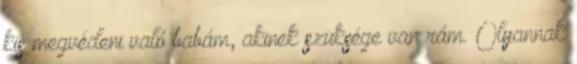
kis megvédeni való babám, akinek szüksége van rám. Olyannak